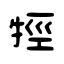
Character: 牼